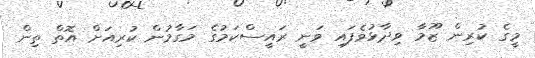
މީގެ ކުރިން ޒޫމާ ވިދާޅުވެފައި ވަނީ ރައީސްކަމުގެ މަގާމުން ކުރިއަށް އޮތް ތިން